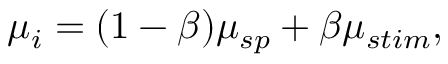
\mu _ { i } = ( 1 - \beta ) \mu _ { s p } + \beta \mu _ { s t i m } ,